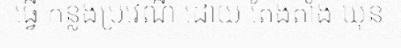
ធ្វើ កន្លងប្រវេណី ដោយ តែងតាំង ឃុន